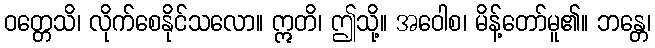
ဝတ္တေသိ၊ လိုက်စေနိုင်သလော။ ဣတိ၊ ဤသို့။ အဝေါစ၊ မိန့်တော်မူ၏။ ဘန္တေ၊